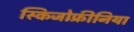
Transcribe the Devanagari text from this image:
स्किजोफ़्रीनिया